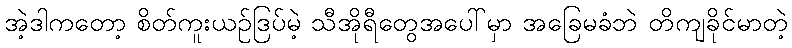
အဲ့ဒါကတော့ စိတ်ကူးယဉ်ဒြပ်မဲ့ သီအိုရီတွေအပေါ်မှာ အခြေမခံဘဲ တိကျခိုင်မာတဲ့